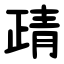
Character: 靕